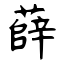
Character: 薛